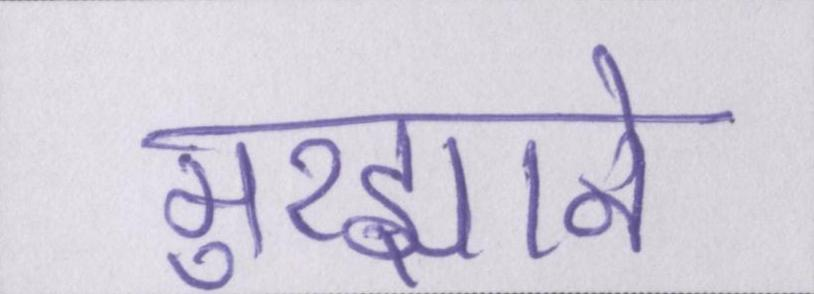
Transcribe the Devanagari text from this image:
मुरझाने